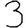
Digit: 3